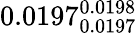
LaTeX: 0.0197_{0.0197}^{0.0198}